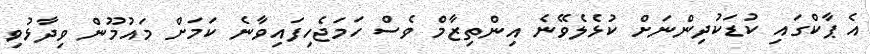
އެ ޕާކްގައި ކުޑަކުދިންނަށް ކުޅެލެވޭނެ އިންތިޒާމް ވެސް ހަމަޖެހިފައިވާނެ ކަމަށް މައުމޫން ވިދާޅުވި